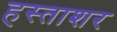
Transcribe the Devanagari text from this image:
हस्ताशर